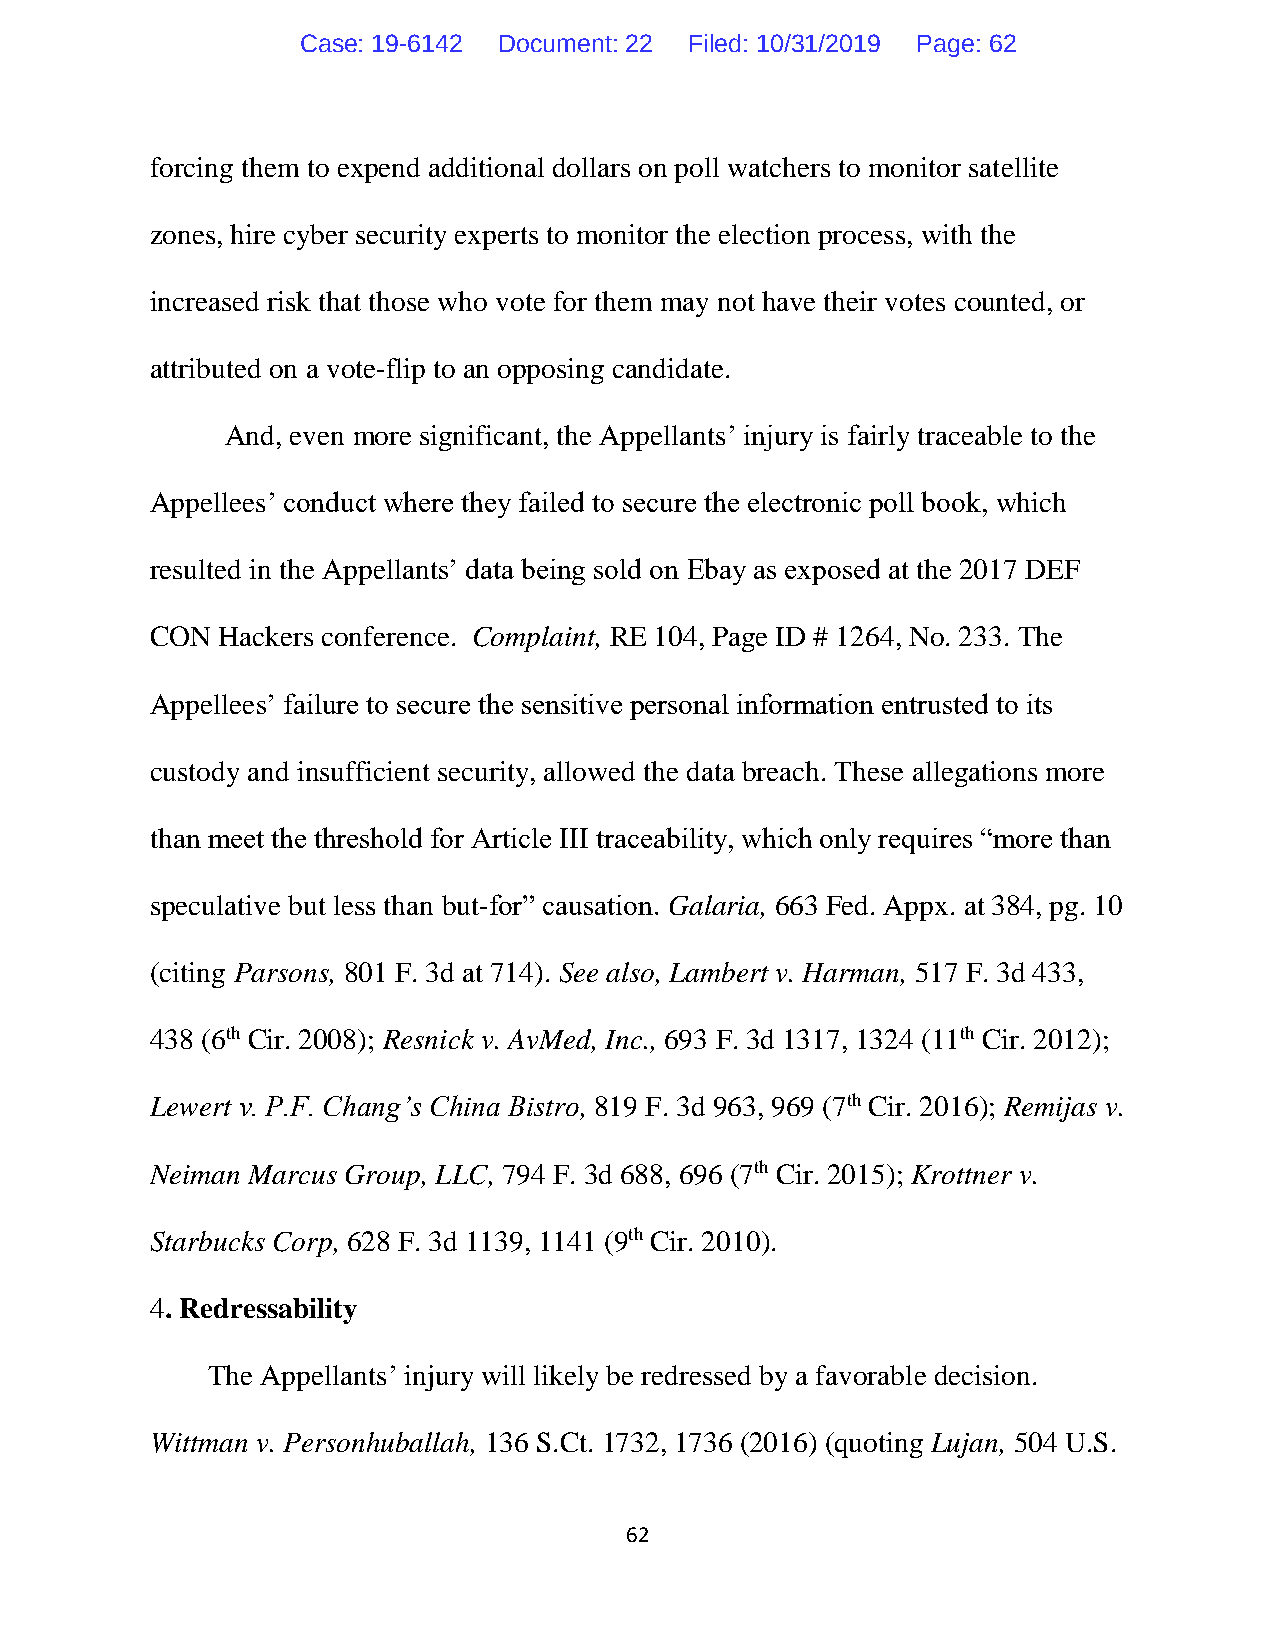
Case: 19-6142 Document: 22 Filed: 10/31/2019 Page: 62
 forcing them to expend additional dollars on poll watchers to monitor satellite
 zones, hire cyber security experts to monitor the election process, with the
 increased risk that those who vote for them may not have their votes counted, or
 attributed on a vote-flip to an opposing candidate.
 And, even more significant, the Appellants’ injury is fairly traceable to the
 Appellees’ conduct where they failed to secure the electronic poll book, which
 resulted in the Appellants’ data being sold on Ebay as exposed at the 2017 DEF
 CON Hackers conference. Complaint, RE 104, Page ID # 1264, No. 233. The
 Appellees’ failure to secure the sensitive personal information entrusted to its
 custody and insufficient security, allowed the data breach. These allegations more
 than meet the threshold for Article III traceability, which only requires “more than
 speculative but less than but-for” causation. Galaria, 663 Fed. Appx. at 384, pg. 10
 (citing Parsons, 801 F. 3d at 714). See also, Lambert v. Harman, 517 F. 3d 433,
 438 (6th Cir. 2008); Resnick v. AvMed, Inc., 693 F. 3d 1317, 1324 (11th Cir. 2012);
 Lewert v. P.F. Chang’s China Bistro, 819 F. 3d 963, 969 (7th Cir. 2016); Remijas v.
 Neiman Marcus Group, LLC, 794 F. 3d 688, 696 (7th Cir. 2015); Krottner v.
 Starbucks Corp, 628 F. 3d 1139, 1141 (9th Cir. 2010).
 4. Redressability
 The Appellants’ injury will likely be redressed by a favorable decision.
 Wittman v. Personhuballah, 136 S.Ct. 1732, 1736 (2016) (quoting Lujan, 504 U.S.
 62